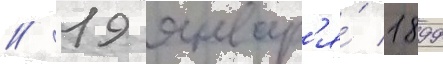
// 19 январ'я́ 1899